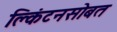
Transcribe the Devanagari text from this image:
क्लिंटनसोबत